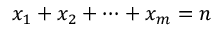
x _ { 1 } + x _ { 2 } + \cdots + x _ { m } = n